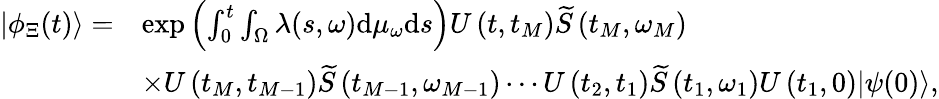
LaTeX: \begin{array}{rl}{\left|\phi_{\Xi}(t)\right\rangle=}&{\exp\left(\int_{0}^{t}\int_{\Omega}\lambda(s,\omega)\mathrm{d}\mu_{\omega}\mathrm{d}s\right)U\left(t,t_{M}\right)\widetilde{S}\left(t_{M},\omega_{M}\right)}\\ &{\times U\left(t_{M},t_{M-1}\right)\widetilde{S}\left(t_{M-1},\omega_{M-1}\right)\cdots U\left(t_{2},t_{1}\right)\widetilde{S}\left(t_{1},\omega_{1}\right)U\left(t_{1},0\right)|\psi(0)\rangle,}\end{array}